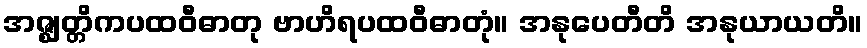
အဇ္ဈတ္တိကပထဝီဓာတု ဗာဟိရပထဝီဓာတုံ။ အနုပေတီတိ အနုယာယတိ။